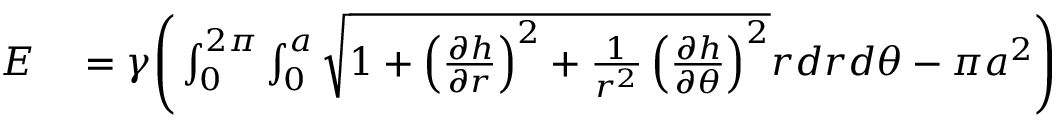
\begin{array} { r l } { E } & { { } = \gamma \Bigg ( \int _ { 0 } ^ { 2 \pi } \int _ { 0 } ^ { a } \sqrt { 1 + \left( \frac { \partial h } { \partial r } \right) ^ { 2 } + \frac { 1 } { r ^ { 2 } } \left( \frac { \partial h } { \partial \theta } \right) ^ { 2 } } r d r d \theta - \pi a ^ { 2 } \Bigg ) } \end{array}